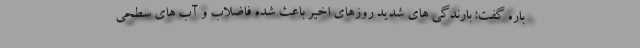
باره گفت: بارندگی های شدید روزهای اخیر باعث شده فاضلاب و آب های سطحی